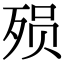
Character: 殒